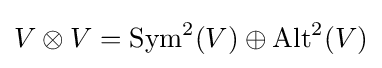
V\otimes V={\text{Sym}}^{2}(V)\oplus {\text{Alt}}^{2}(V)